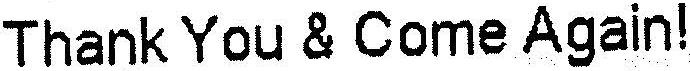
THANK YOU & COME AGAIN!